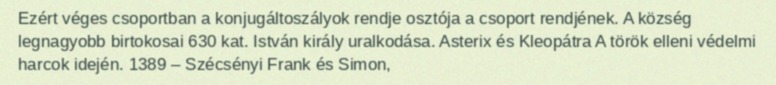
Ezért véges csoportban a konjugáltoszályok rendje osztója a csoport rendjének. A község legnagyobb birtokosai 630 kat. István király uralkodása. Asterix és Kleopátra A török elleni védelmi harcok idején. 1389 – Szécsényi Frank és Simon,